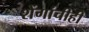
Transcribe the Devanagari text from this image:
शेंगांचीही